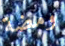
ومضة